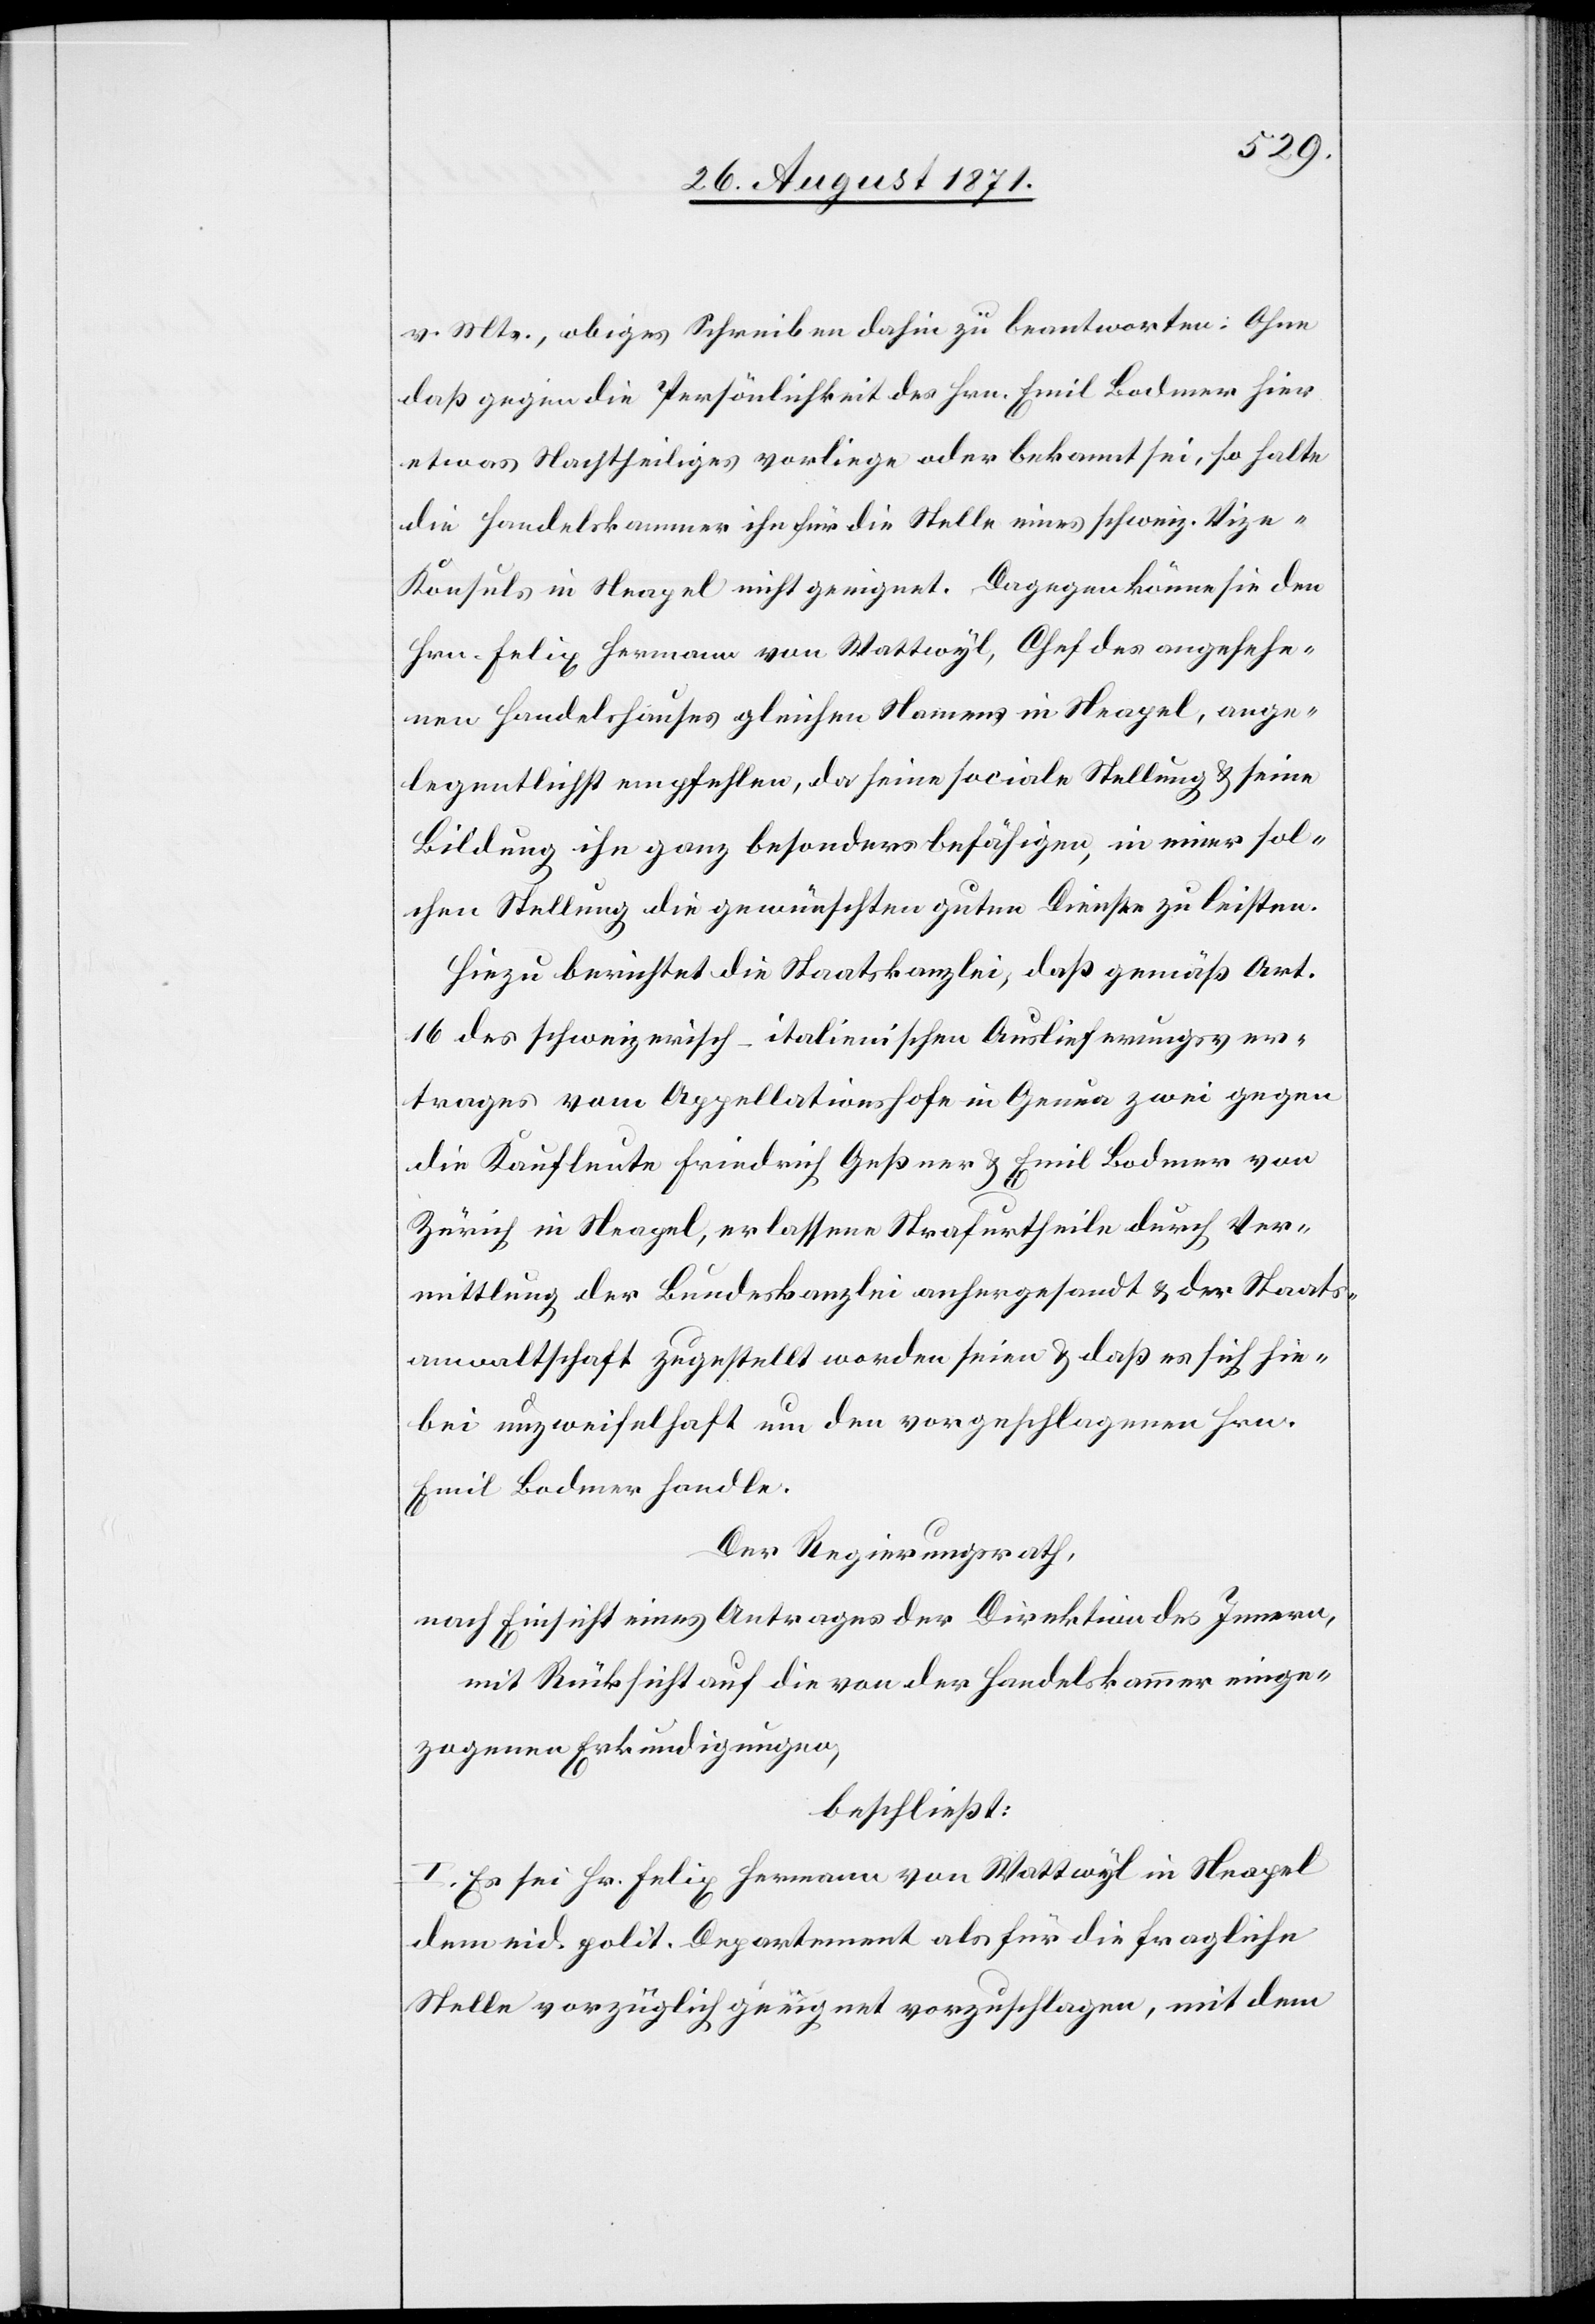
v. Mts., obiges Schreiben dahin zu beantworten: Ohne
daß gegen die Persönlichkeit des Hrn. Emil Bodmer hier
etwas Nachtheiliges vorliege oder bekannt sei, so halte
die Handelskammer ihn für die Stelle eines schweiz. Vice-K¬
onsuls in Neapel nicht genügend. Dagegen könne sie den
Hrn. Felix Hermann von Wattwyl, Chef des angesehe¬
nen Handelshauses gleichen Namens in Neapel, ange¬
legentlichst empfehlen, da seine sociale Stellung & seine
Bildung ihn ganz besonders befähigen, in einer sol¬
chen Stellung die gewünschten guten Dienste zu leisten.
Hiezu berichtet die Staatskanzlei, daß gemäß Art.
16 der schweizerisch-italienischen Auslieferungsver¬
trages vom Appellationshofe in Genua zwei gegen
die Kaufleute Friedrich Geßner & Emil Bodmer von
Zürich in Neapel, erlassene Strafurtheile durch Ver¬
mittlung der Bundeskanzlei anhergesandt & der Staats¬
anwaltschaft zugestellt worden seien & daß es sich hie¬
bei unzweifelhaft um den vorgeschlagenen Hrn.
Emil Bodmer handle.
Der Regierungsrath,
nach Einsicht eines Antrages der Direktion des Innern,
mit Rücksicht auf die von der Handelskammer eing¬
zogenen Erkundigungen,
beschließt:
I. Es sei Hr. Felix Hermann von Wattwyl in Neapel
dem eid. polit. Departement als für die fragliche
Stelle vorzüglich geeignet vorzuschlagen, mit dem